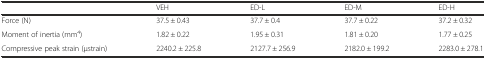
<table><thead><tr><td></td><td><b>VEH</b></td><td><b>ED-L</b></td><td><b>ED-M</b></td><td><b>ED-H</b></td></tr></thead><tbody><tr><td>Force (N)</td><td>37.5 ± 0.43</td><td>37.7 ± 0.4</td><td>37.7 ± 0.22</td><td>37.2 ± 0.32</td></tr><tr><td>Moment of inertia (mm<sup>4</sup>)</td><td>1.82 ± 0.22</td><td>1.95 ± 0.31</td><td>1.81 ± 0.20</td><td>1.77 ± 0.25</td></tr><tr><td>Compressive peak strain (μstrain)</td><td>2240.2 ± 225.8</td><td>2127.7 ± 256.9</td><td>2182.0 ± 199.2</td><td>2283.0 ± 278.1</td></tr></tbody></table>